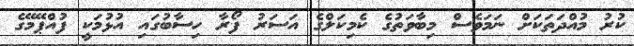
ކުރު މުއްދަތަކަށް ނަމަވެސް މިބާވަތުގެ ކެމިކަލްގެ އަސަރު ފޯރާ ހިސާބުގައި އުޅުމަކީ ފުއްޕޭމޭގެ